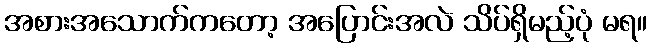
အစားအသောက်ကတော့ အပြောင်းအလဲ သိပ်ရှိမည့်ပုံ မရ။